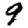
Digit: 9